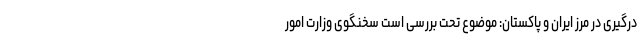
درگیری‌ در مرز ایران و پاکستان: موضوع تحت بررسی است سخنگوی وزارت امور